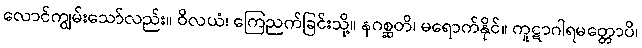
လောင်ကျွမ်းသော်လည်း။ ဝိလယံ၊ ကြေညက်ခြင်းသို့။ နဂစ္ဆတိ၊ မရောက်နိုင်။ ကူဋာဂါရမတ္တောပိ၊